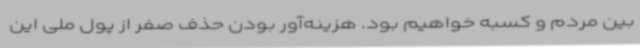
بین مردم و کسبه خواهیم بود. هزینه‌آور بودن حذف صفر از پول ملی این